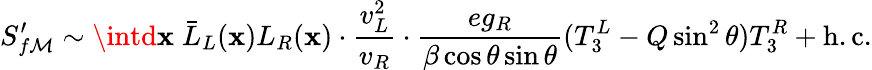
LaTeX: S_{f\mathcal{M}}^{\prime}\sim\intd\mathbf{x}\; \bar{{L}}_{L}(\mathbf{x})L_{R}(\mathbf{x})\cdot\frac{{v_{L}^{2}}}{{v_{R}}}\cdot\frac{{eg_{R}}}{{\beta\cos\theta\sin\theta}}(T_{3}^{L}-Q\sin^{2}\theta)T_{3}^{R}+\mathrm{{h.c.}}